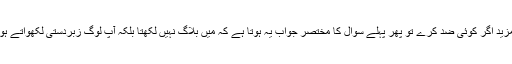
مزید اگر کوئی ضد کرے تو پھر پہلے سوال کا مختصر جواب یہ ہوتا ہے کہ میں بلاگ نہیں لکھتا بلکہ آپ لوگ زبردستی لکھواتے ہو۔